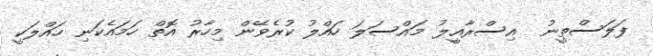
ފަލަސްތީނު  އިސްރާއީލު މައްސަލަ ހައްލު ކުރެވޭން މިހާރު އޮތް ހަމައެކަނި ހައްލަކީ